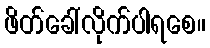
ဖိတ်ခေါ်လိုက်ပါရစေ။